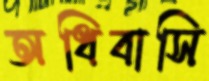
অধিবাসি